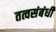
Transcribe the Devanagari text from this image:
तत्वसंबंधी